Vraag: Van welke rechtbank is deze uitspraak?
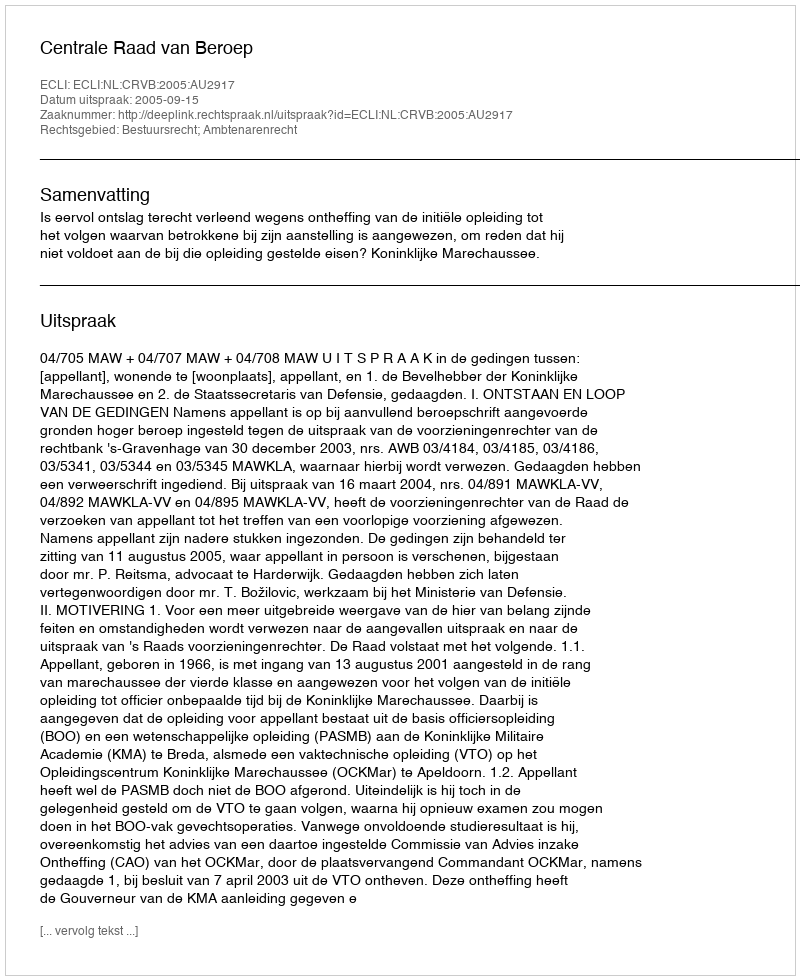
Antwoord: Centrale Raad van Beroep